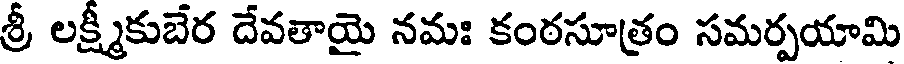
శ్రీ లక్ష్మీకుబేర దేవతాయై నమః కంఠసూత్రం సమర్పయామి